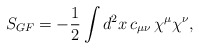
\begin{align*}S_{GF}=-{1\over 2}\int d^2x\,c_{\mu\nu}\, \chi^\mu\chi^\nu,\end{align*}